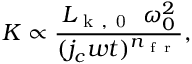
K \propto \frac { L _ { \mathrm { ~ k ~ , ~ 0 ~ } } ~ \omega _ { 0 } ^ { 2 } } { ( j _ { c } w t ) ^ { n _ { \mathrm { ~ f ~ r ~ } } } } ,